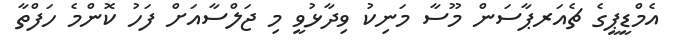
އެމްޑީޕީގެ ޗެއަރޕާސަން މޫސާ މަނިކު ވިދާޅުވީ މި ޖަލްސާއަށް ފަހު ކޮންމެ ހަފްތާ